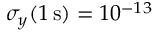
\sigma _ { y } ( 1 \, \mathrm { s } ) = 1 0 ^ { - 1 3 }